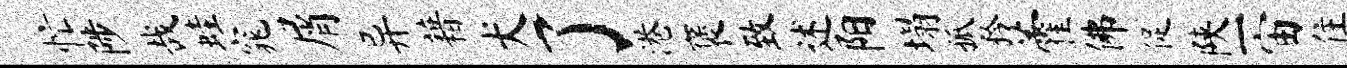
忙陟哉蛙窕屑异藉犬了港褒致述阳塌孤矜藿佛促陕一宙住